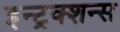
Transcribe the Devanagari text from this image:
इन्ट्रक्शन्स